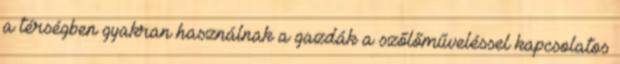
a térségben gyakran használnak a gazdák a szőlőműveléssel kapcsolatos